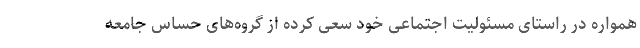
همواره در راستای مسئولیت اجتماعی خود سعی کرده از گروه‌های حساس جامعه